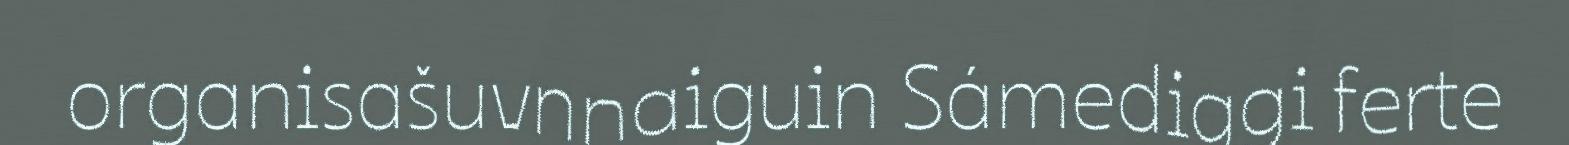
organisašuvnnaiguin Sámediggi ferte